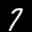
Label: 7